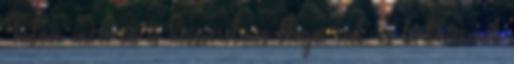
Tudom, mert én is hősszerelmes blogot írok, és körbevesznek